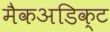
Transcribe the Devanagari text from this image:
मैकअडिक्ट